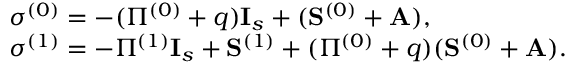
\begin{array} { r l } & { \boldsymbol { \sigma } ^ { ( 0 ) } = - ( \Pi ^ { ( 0 ) } + q ) \mathbf { I } _ { s } + ( \mathbf { S } ^ { ( 0 ) } + \mathbf { A } ) , } \\ & { \boldsymbol { \sigma } ^ { ( 1 ) } = - \Pi ^ { ( 1 ) } \mathbf { I } _ { s } + \mathbf { S } ^ { ( 1 ) } + ( \Pi ^ { ( 0 ) } + q ) ( \mathbf { S } ^ { ( 0 ) } + \mathbf { A } ) . } \end{array}